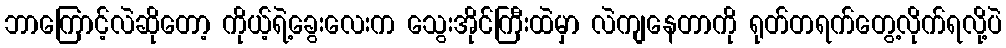
ဘာကြောင့်လဲဆိုတော့ ကိုယ့်ရဲ့ခွေးလေးက သွေးအိုင်ကြီးထဲမှာ လဲကျနေတာကို ရုတ်တရက်တွေ့လိုက်ရလို့ပဲ